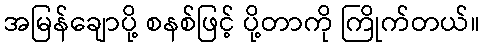
အမြန်ချောပို့ စနစ်ဖြင့် ပို့တာကို ကြိုက်တယ်။